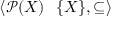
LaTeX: \langle { \mathcal { P } } ( X ) \setminus \{ X \} , \subseteq \rangle